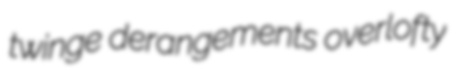
twinge derangements overlofty